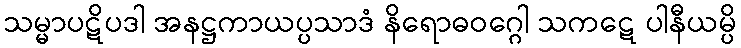
သမ္မာပဋိပဒါ အနဋ္ဌကာယပ္ပသာဒံ နိရောဓဝဂ္ဂေါ သကဋေ ပါနီယမ္ပိ